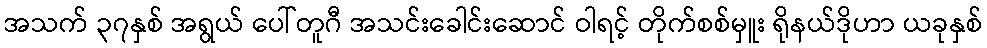
အသက် ၃၇နှစ် အရွယ် ပေါ်တူဂီ အသင်းခေါင်းဆောင် ဝါရင့် တိုက်စစ်မှူး ရိုနယ်ဒိုဟာ ယခုနှစ်